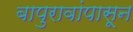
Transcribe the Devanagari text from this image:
बापुरावांपासून